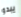
يبدو